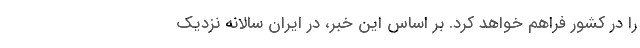
را در کشور فراهم خواهد کرد. بر اساس این خبر، در ایران سالانه نزدیک